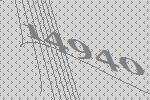
14940